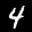
Label: 4